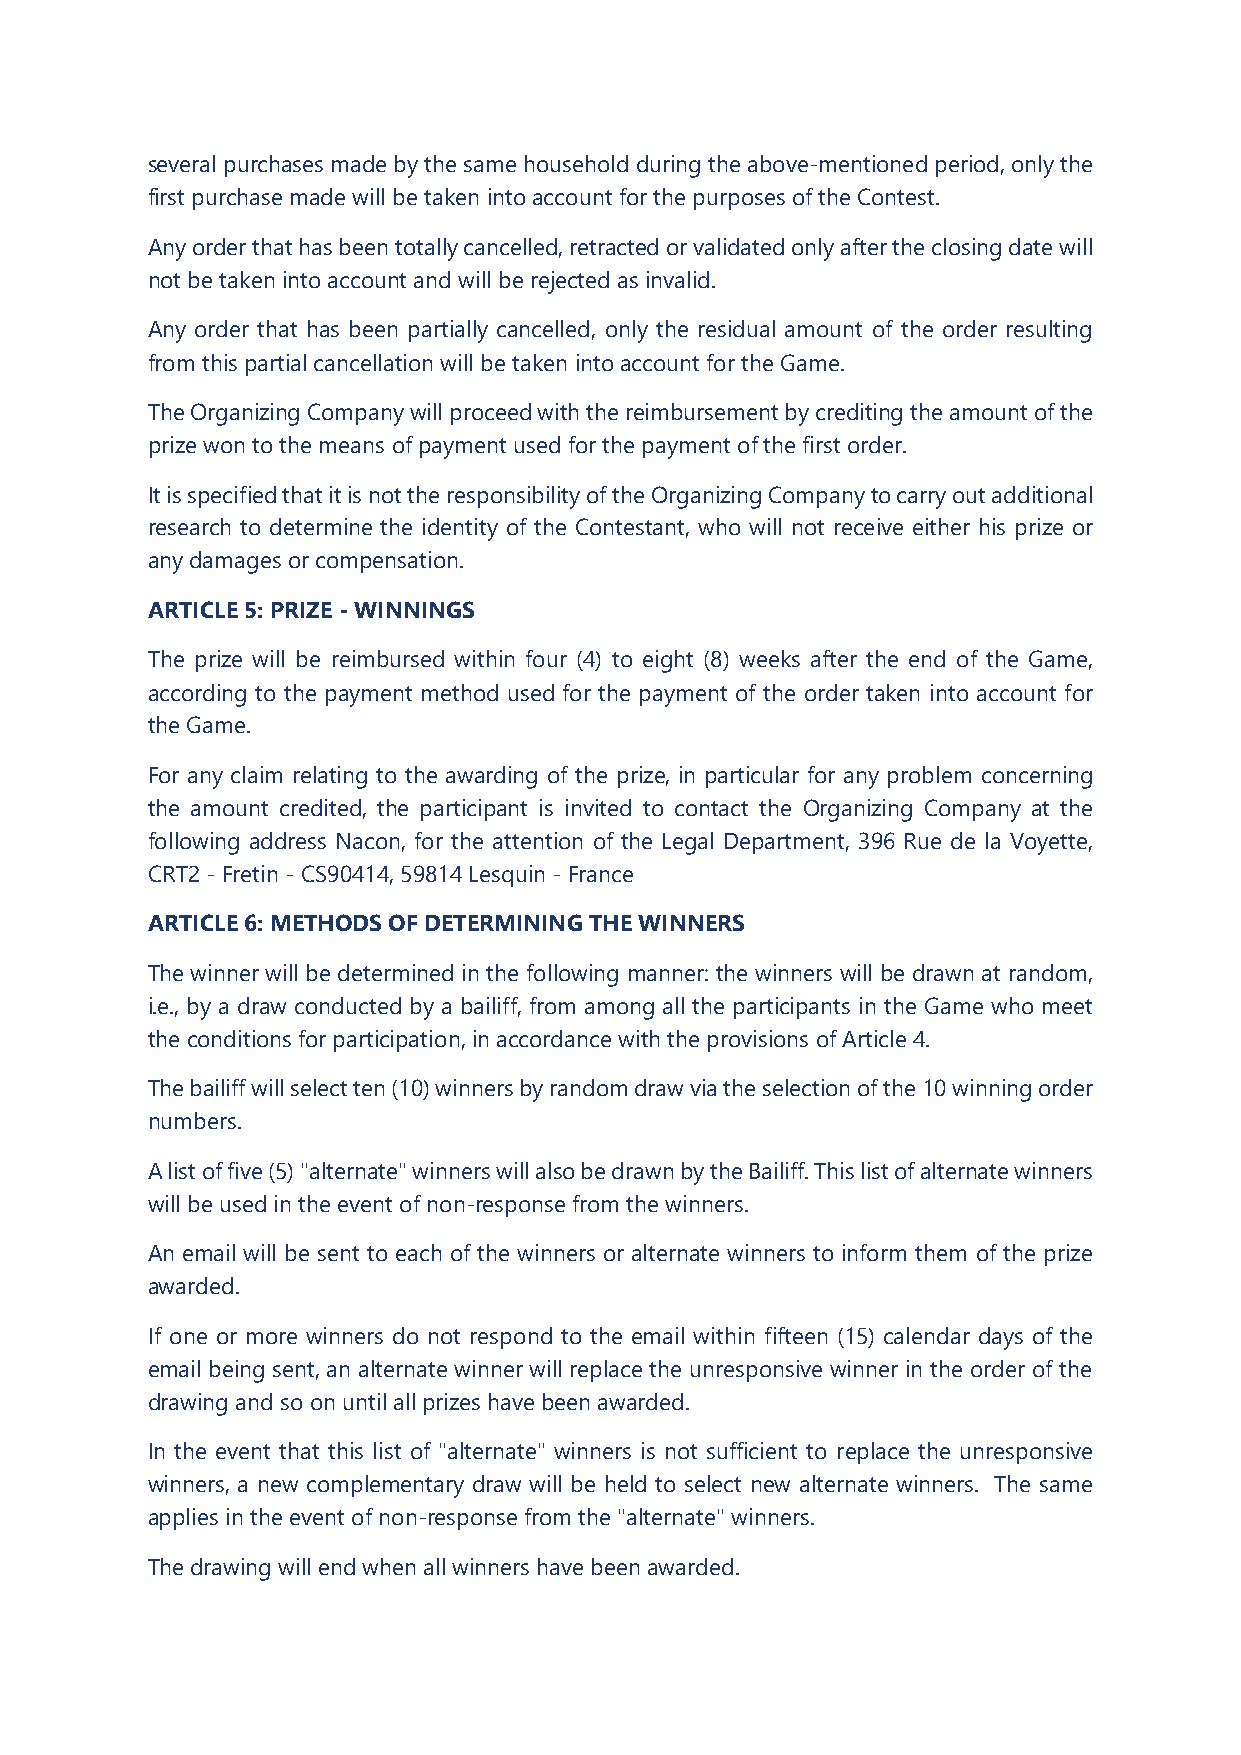
several purchases made by the same household during the above-mentioned period, only the
 first purchase made will be taken into account for the purposes of the Contest.
 Any order that has been totally cancelled, retracted or validated only after the closing date will
 not be taken into account and will be rejected as invalid.
 Any order that has been partially cancelled, only the residual amount of the order resulting
 from this partial cancellation will be taken into account for the Game.
 The Organizing Company will proceed with the reimbursement by crediting the amount of the
 prize won to the means of payment used for the payment of the first order.
 It is specified that it is not the responsibility of the Organizing Company to carry out additional
 research to determine the identity of the Contestant, who will not receive either his prize or
 any damages or compensation.
 ARTICLE 5: PRIZE - WINNINGS
 The prize will be reimbursed within four (4) to eight (8) weeks after the end of the Game,
 according to the payment method used for the payment of the order taken into account for
 the Game.
 For any claim relating to the awarding of the prize, in particular for any problem concerning
 the amount credited, the participant is invited to contact the Organizing Company at the
 following address Nacon, for the attention of the Legal Department, 396 Rue de la Voyette,
 CRT2 - Fretin - CS90414, 59814 Lesquin - France
 ARTICLE 6: METHODS OF DETERMINING THE WINNERS
 The winner will be determined in the following manner: the winners will be drawn at random,
 i.e., by a draw conducted by a bailiff, from among all the participants in the Game who meet
 the conditions for participation, in accordance with the provisions of Article 4.
 The bailiff will select ten (10) winners by random draw via the selection of the 10 winning order
 numbers.
 A list of five (5) "alternate" winners will also be drawn by the Bailiff. This list of alternate winners
 will be used in the event of non-response from the winners.
 An email will be sent to each of the winners or alternate winners to inform them of the prize
 awarded.
 If one or more winners do not respond to the email within fifteen (15) calendar days of the
 email being sent, an alternate winner will replace the unresponsive winner in the order of the
 drawing and so on until all prizes have been awarded.
 In the event that this list of "alternate" winners is not sufficient to replace the unresponsive
 winners, a new complementary draw will be held to select new alternate winners. The same
 applies in the event of non-response from the "alternate" winners.
 The drawing will end when all winners have been awarded.